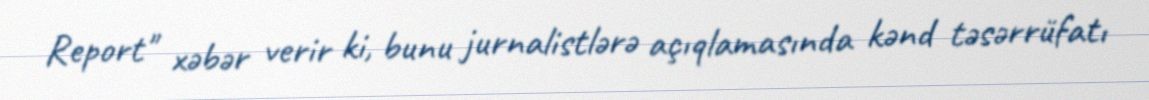
Report" xəbər verir ki, bunu jurnalistlərə açıqlamasında kənd təsərrüfatı